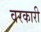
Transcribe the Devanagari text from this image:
वरकारी